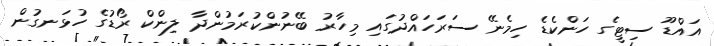
އައްޑޫ ސިޓީގެ ހަންކެޑެ ހިމެނޭ ސަރަހައްދުގައި މިހާރު ބޭނުންކުރަމުންދާ ލިންކް ރޯޑުގެ ހުޅަނގުން